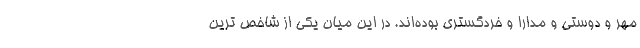
مهر و دوستی و مدارا و خردگستری بوده‌اند. در این میان یکی از شاخص ترین